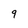
Character: 9